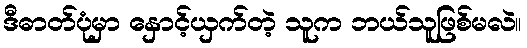
ဒီဓာတ်ပုံမှာ နှောင့်ယှက်တဲ့ သူက ဘယ်သူဖြစ်မလဲ။